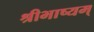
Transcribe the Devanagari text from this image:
श्रीभाष्यम्